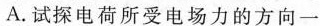
A.试探电荷所受电场力的方向一